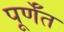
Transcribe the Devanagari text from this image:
पूर्णँत